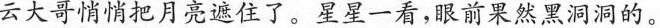
云大哥悄悄把月亮遮住了。星星一看，眼前果然黑洞洞的。